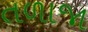
તળાજા